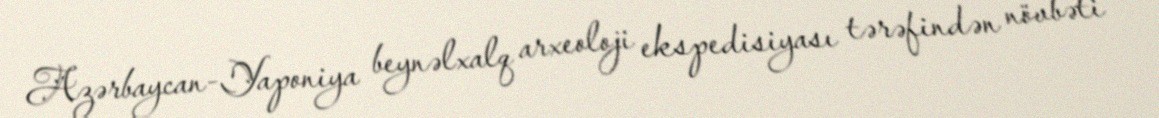
Azərbaycan-Yaponiya beynəlxalq arxeoloji ekspedisiyası tərəfindən növbəti